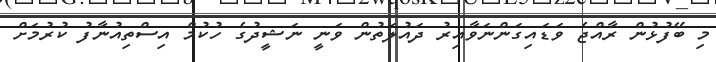
މި ބޭފުޅުން ރާއްޖެ ވަޑައިގަންނަވާއިރު ދައުލަތުން ވަނީ ނަޝީދުގެ ހުކުމް އިސްތިއުނާފު ކުރުމަށް